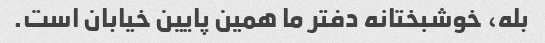
بله، خوشبختانه دفتر ما همین پایین خیابان است.